Vaccination North-Western Provinces 1866-1877 - 1866-1877
Year: 1866
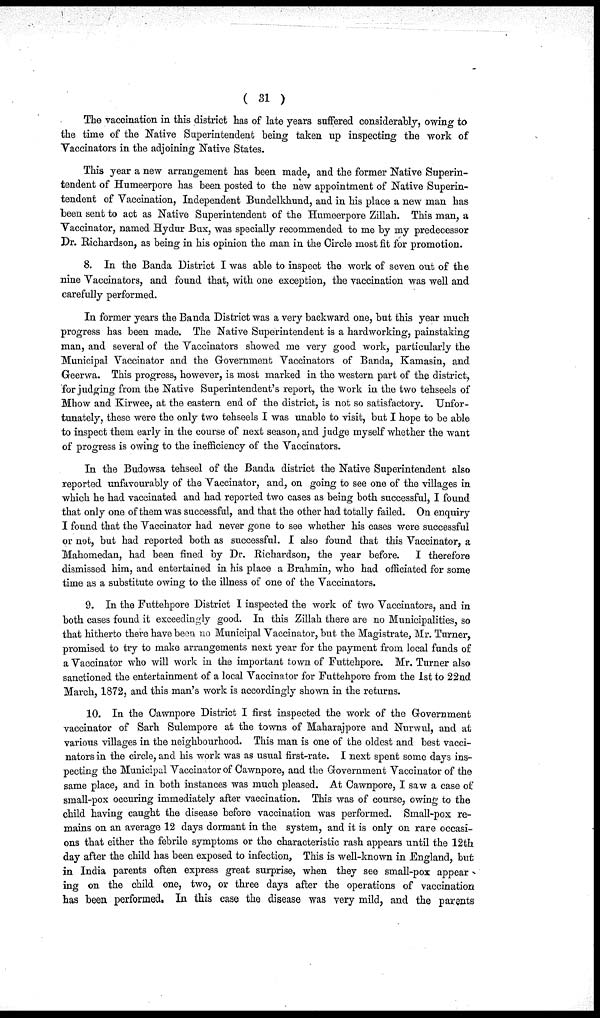
( 31 )
The vaccination in this district has of late years suffered considerably, owing to
the time of the Native Superintendent being taken up inspecting the work of
Vaccinators in the adjoining Native States.
This year a new arrangement has been made, and the former Native Superin-
tendent of Humeerpore has been posted to the new appointment of Native Superin-
tendent of Vaccination, Independent Bundelkhund, and in his place a new man has
been sent to act as Native Superintendent of the Humeerpore Zillah. This man, a
Vaccinator, named Hydur Bux, was specially recommended to me by my predecessor
Dr. Richardson, as being in his opinion the man in the Circle most fit for promotion.
8. In the Banda District I was able to inspect the work of seven out of the
nine Vaccinators, and found that, with one exception, the vaccination was well and
carefully performed.
In former years the Banda District was a very backward one, but this year much
progress has been made. The Native Superintendent is a hardworking, painstaking
man, and several of the Vaccinators showed me very good work, particularly the
Municipal Vaccinator and the Government Vaccinators of Banda, Kamasin, and
Geerwa. This progress, however, is most marked in the western part of the district,
for judging from the Native Superintendent's report, the work in the two tehseels of
Mhow and Kirwee, at the eastern end of the district, is not so satisfactory. Unfor-
tunately, these were the only two tehseels I was unable to visit, but I hope to be able
to inspect them early in the course of next season, and judge myself whether the want
of progress is owing to the inefficiency of the Vaccinators.
In the Budowsa tehseel of the Banda district the Native Superintendent also
reported unfavourably of the Vaccinator, and, on going to see one of the villages in
which he had vaccinated and had reported two cases as being both successful, I found
that only one of them was successful, and that the other had totally failed. On enquiry
I found that the Vaccinator had never gone to see whether his cases were successful
or not, but had reported both as successful. I also found that this Vaccinator, a
Mahomedan, had been fined by Dr. Richardson, the year before.
I therefore
dismissed him, and entertained in his place a Brahmin, who had officiated for some
time as a substitute owing to the illness of one of the Vaccinators.
9. In the Futtehpore District I inspected the work of two Vaccinators, and in
both cases found it exceedingly good. In this Zillah there are no Municipalities, so
that hitherto there have been no Municipal Vaccinator, but the Magistrate, Mr. Turner,
promised to try to make arrangements next year for the payment from local funds of
a Vaccinator who will work in the important town of Futtehpore. Mr. Turner also
sanctioned the entertainment of a local Vaccinator for Futtehpore from the 1st to 22nd
March, 1872, and this man's work is accordingly shown in the returns.
10. In the Cawnpore District I first inspected the work of the Government
vaccinator of Sarh Sulempore at the towns of Maharajpore and Nurwul, and at
various villages in the neighbourhood. This man is one of the oldest and best vacci-
nators in the circle, and his work was as usual first-rate. I next spent some days ins-
pecting the Municipal Vaccinator of Cawnpore, and the Government Vaccinator of the
same place, and in both instances was much pleased. At Cawnpore, I saw a case of
small-pox occuring immediately after vaccination. This was of course, owing to the
child having caught the disease before vaccination was performed. Small-pox re-
mains on an average 12 days dormant in the system, and it is only on rare occasi-
ons that either the febrile symptoms or the characteristic rash appears until the 12th
day after the child has been exposed to infection, This is well-known in England, but
in India parents often express great surprise, when they see small-pox appear
ing on the child one, two, or three days after the operations of vaccination
has been performed. In this case the disease was very mild, and the parents